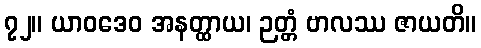
၇၂။ ယာဝဒေဝ အနတ္ထာယ၊ ဉတ္တံ ဗာလဿ ဇာယတိ။